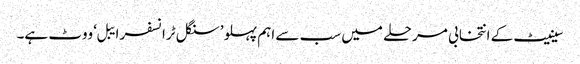
سینیٹ کے انتخابی مرحلے میں سب سے اہم پہلو ’سنگل ٹرانسفر ایبل‘ ووٹ ہے۔